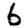
Digit: 6